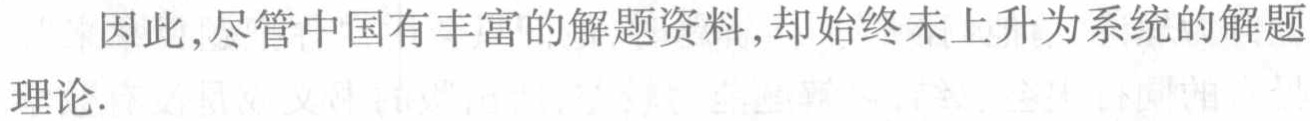
因此,尽管中国有丰富的解题资料,却始终未上升为系统的解题理论.